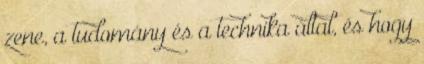
zene, a tudomány és a technika által, és hogy